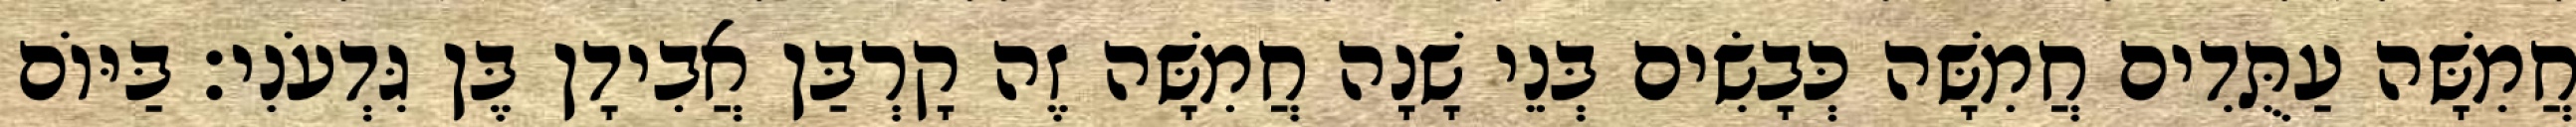
חֲמִשָּׁה עַתֻּדִים חֲמִשָּׁה כְּבָשִׂים בְּנֵי שָׁנָה חֲמִשָּׁה זֶה קָרְבַּן אֲבִידָן בֶּן גִּדְעֹנִי׃ בַּיּוֹם